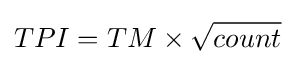
TPI=TM\times {\sqrt {count}}